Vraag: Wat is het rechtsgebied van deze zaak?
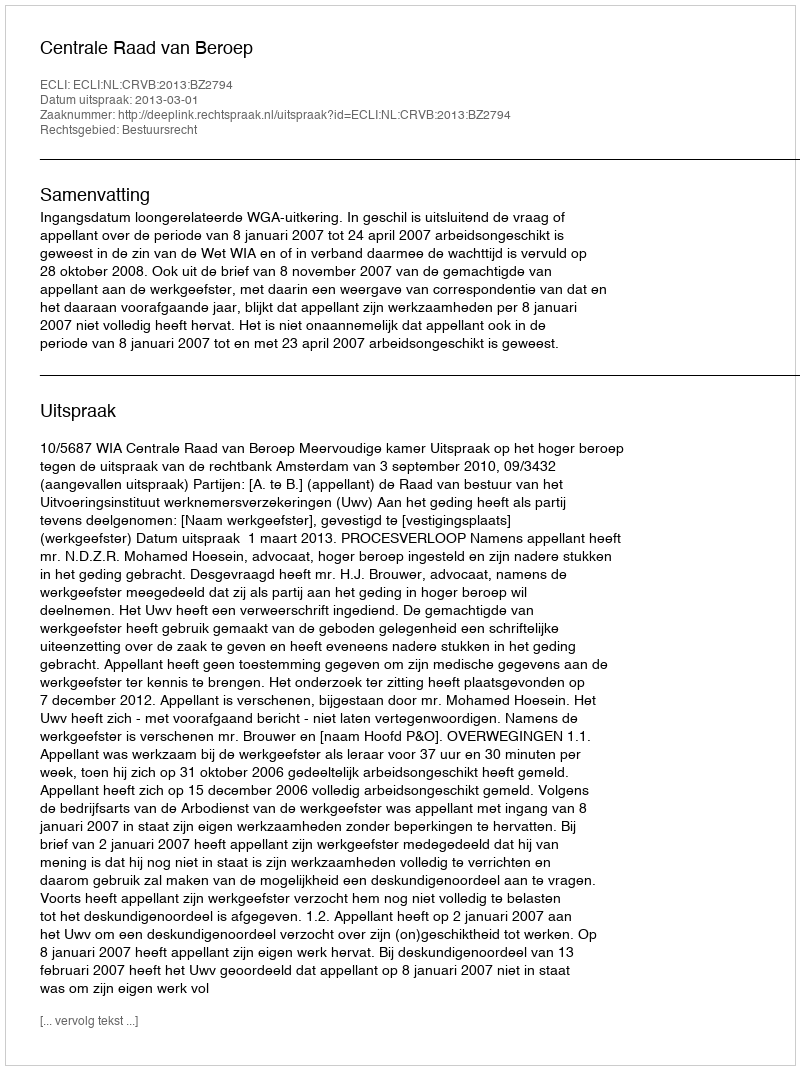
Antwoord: Bestuursrecht